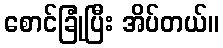
စောင်ခြုံပြီး အိပ်တယ်။